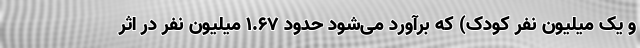
و یک میلیون نفر کودک) که برآورد می‌شود حدود ۱.۶۷ میلیون نفر در اثر